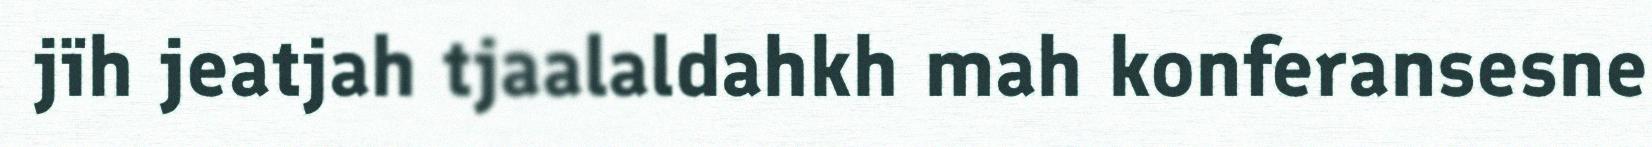
jïh jeatjah tjaalaldahkh mah konferansesne